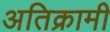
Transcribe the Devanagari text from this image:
अतिक्रामी